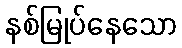
နစ်မြုပ်နေသော